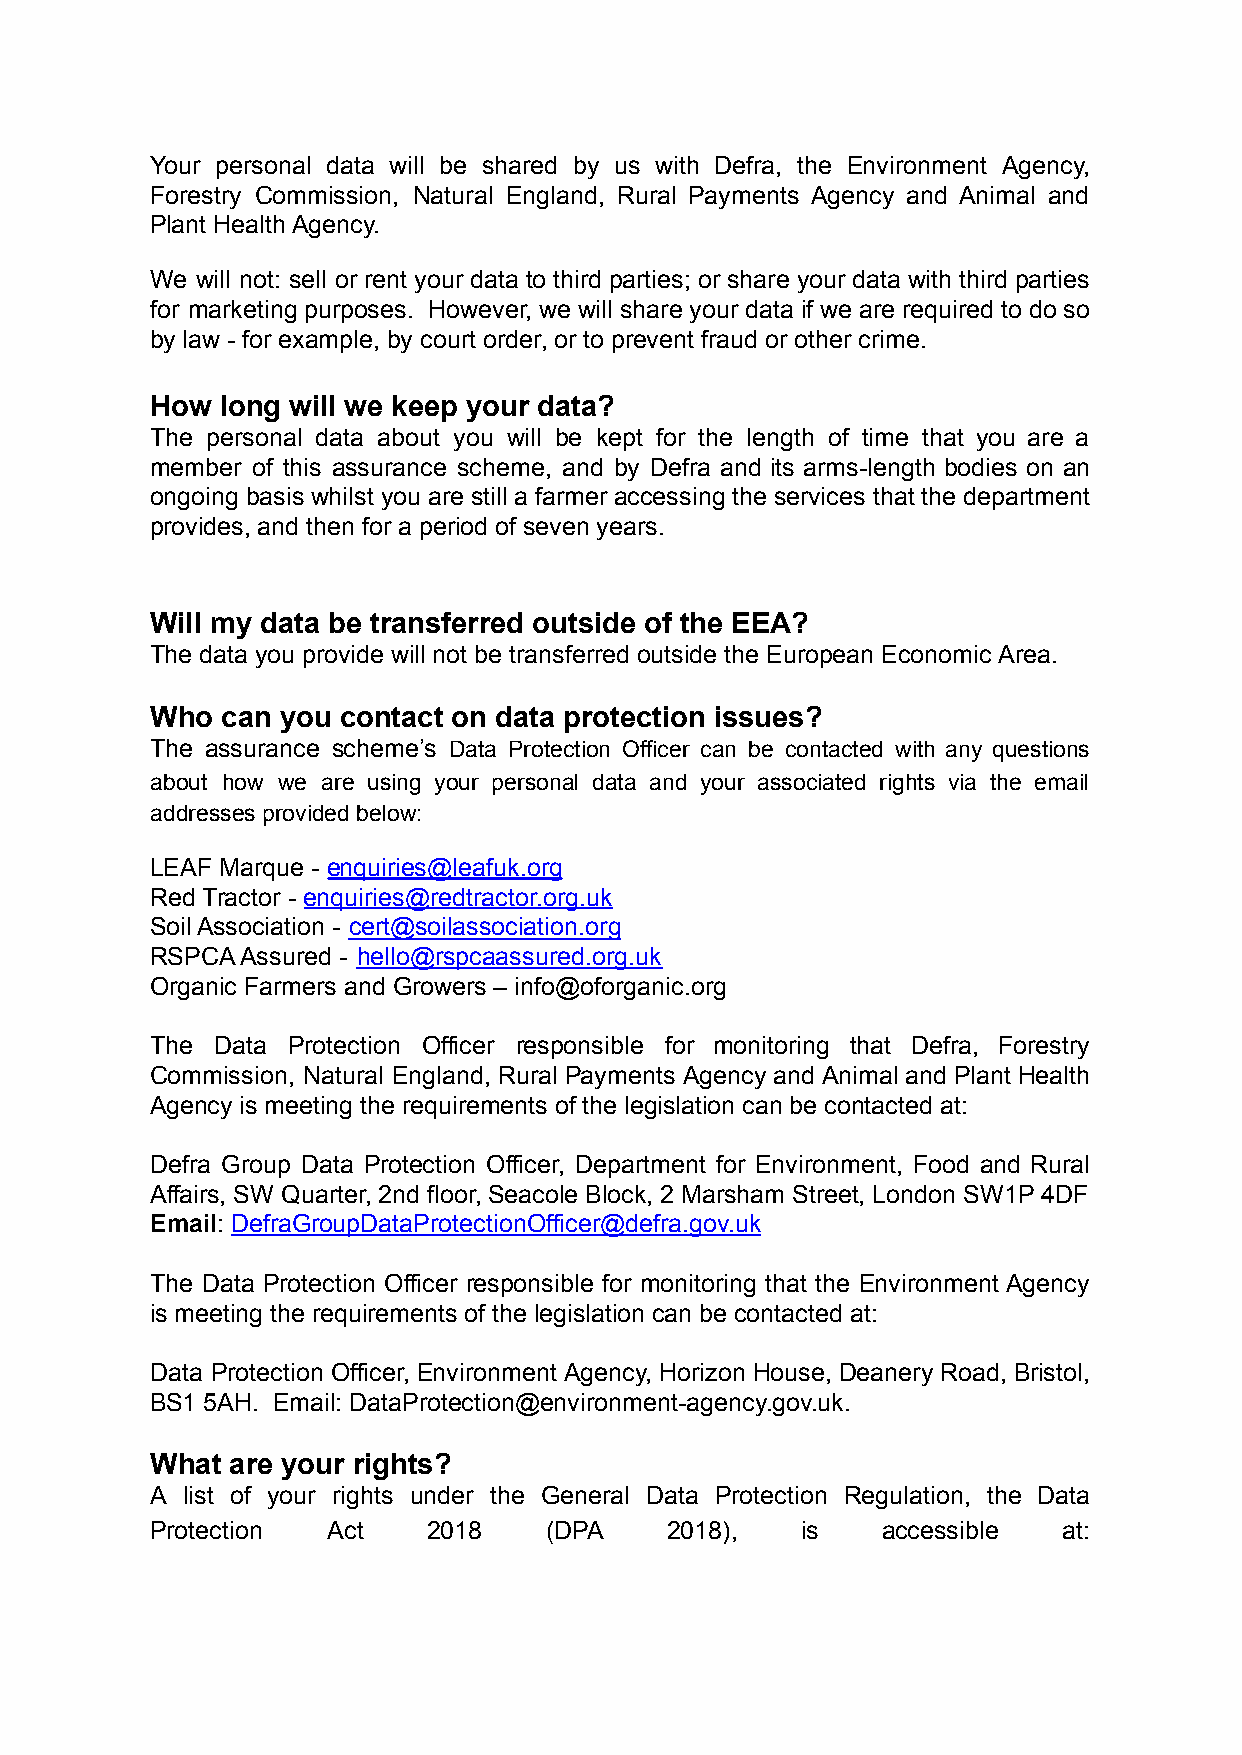
Your personal data will be shared by us with Defra, the Environment Agency,
 Forestry Commission, Natural England, Rural Payments Agency and Animal and
 Plant Health Agency.
 We will not: sell or rent your data to third parties; or share your data with third parties
 for marketing purposes. However, we will share your data if we are required to do so
 by law - for example, by court order, or to prevent fraud or other crime.
 How  long will we keep your data?
 The personal data about you will be kept for the length of time that you are a
 member of this assurance scheme, and by Defra and its arms-length bodies on an
 ongoing basis whilst you are still a farmer accessing the services that the department
 provides, and then for a period of seven years.
 Will my data be transferred outside of the EEA?
 The data you provide will not be transferred outside the European Economic Area.
 Who  can you contact on data protection issues?
 The assurance scheme’s Data Protection Officer can be contacted with any questions
 about how we are using your personal data and your associated rights via the email
 addresses provided below:
 LEAF Marque - enquiries@leafuk.org
 Red Tractor - enquiries@redtractor.org.uk
 Soil Association - cert@soilassociation.org
 RSPCA Assured - hello@rspcaassured.org.uk
 Organic Farmers and Growers – info@oforganic.org
 The Data Protection Officer responsible for monitoring that Defra, Forestry
 Commission, Natural England, Rural Payments Agency and Animal and Plant Health
 Agency is meeting the requirements of the legislation can be contacted at:
 Defra Group Data Protection Officer, Department for Environment, Food and Rural
 Affairs, SW Quarter, 2nd floor, Seacole Block, 2 Marsham Street, London SW1P 4DF
 Email: DefraGroupDataProtectionOfficer@defra.gov.uk
 The Data Protection Officer responsible for monitoring that the Environment Agency
 is meeting the requirements of the legislation can be contacted at:
 Data Protection Officer, Environment Agency, Horizon House, Deanery Road, Bristol,
 BS1 5AH. Email: DataProtection@environment-agency.gov.uk.
 What are your rights?
 A list of your rights under the General Data Protection Regulation, the Data
 Protection  Act   2018    (DPA    2018),   is   accessible  at: